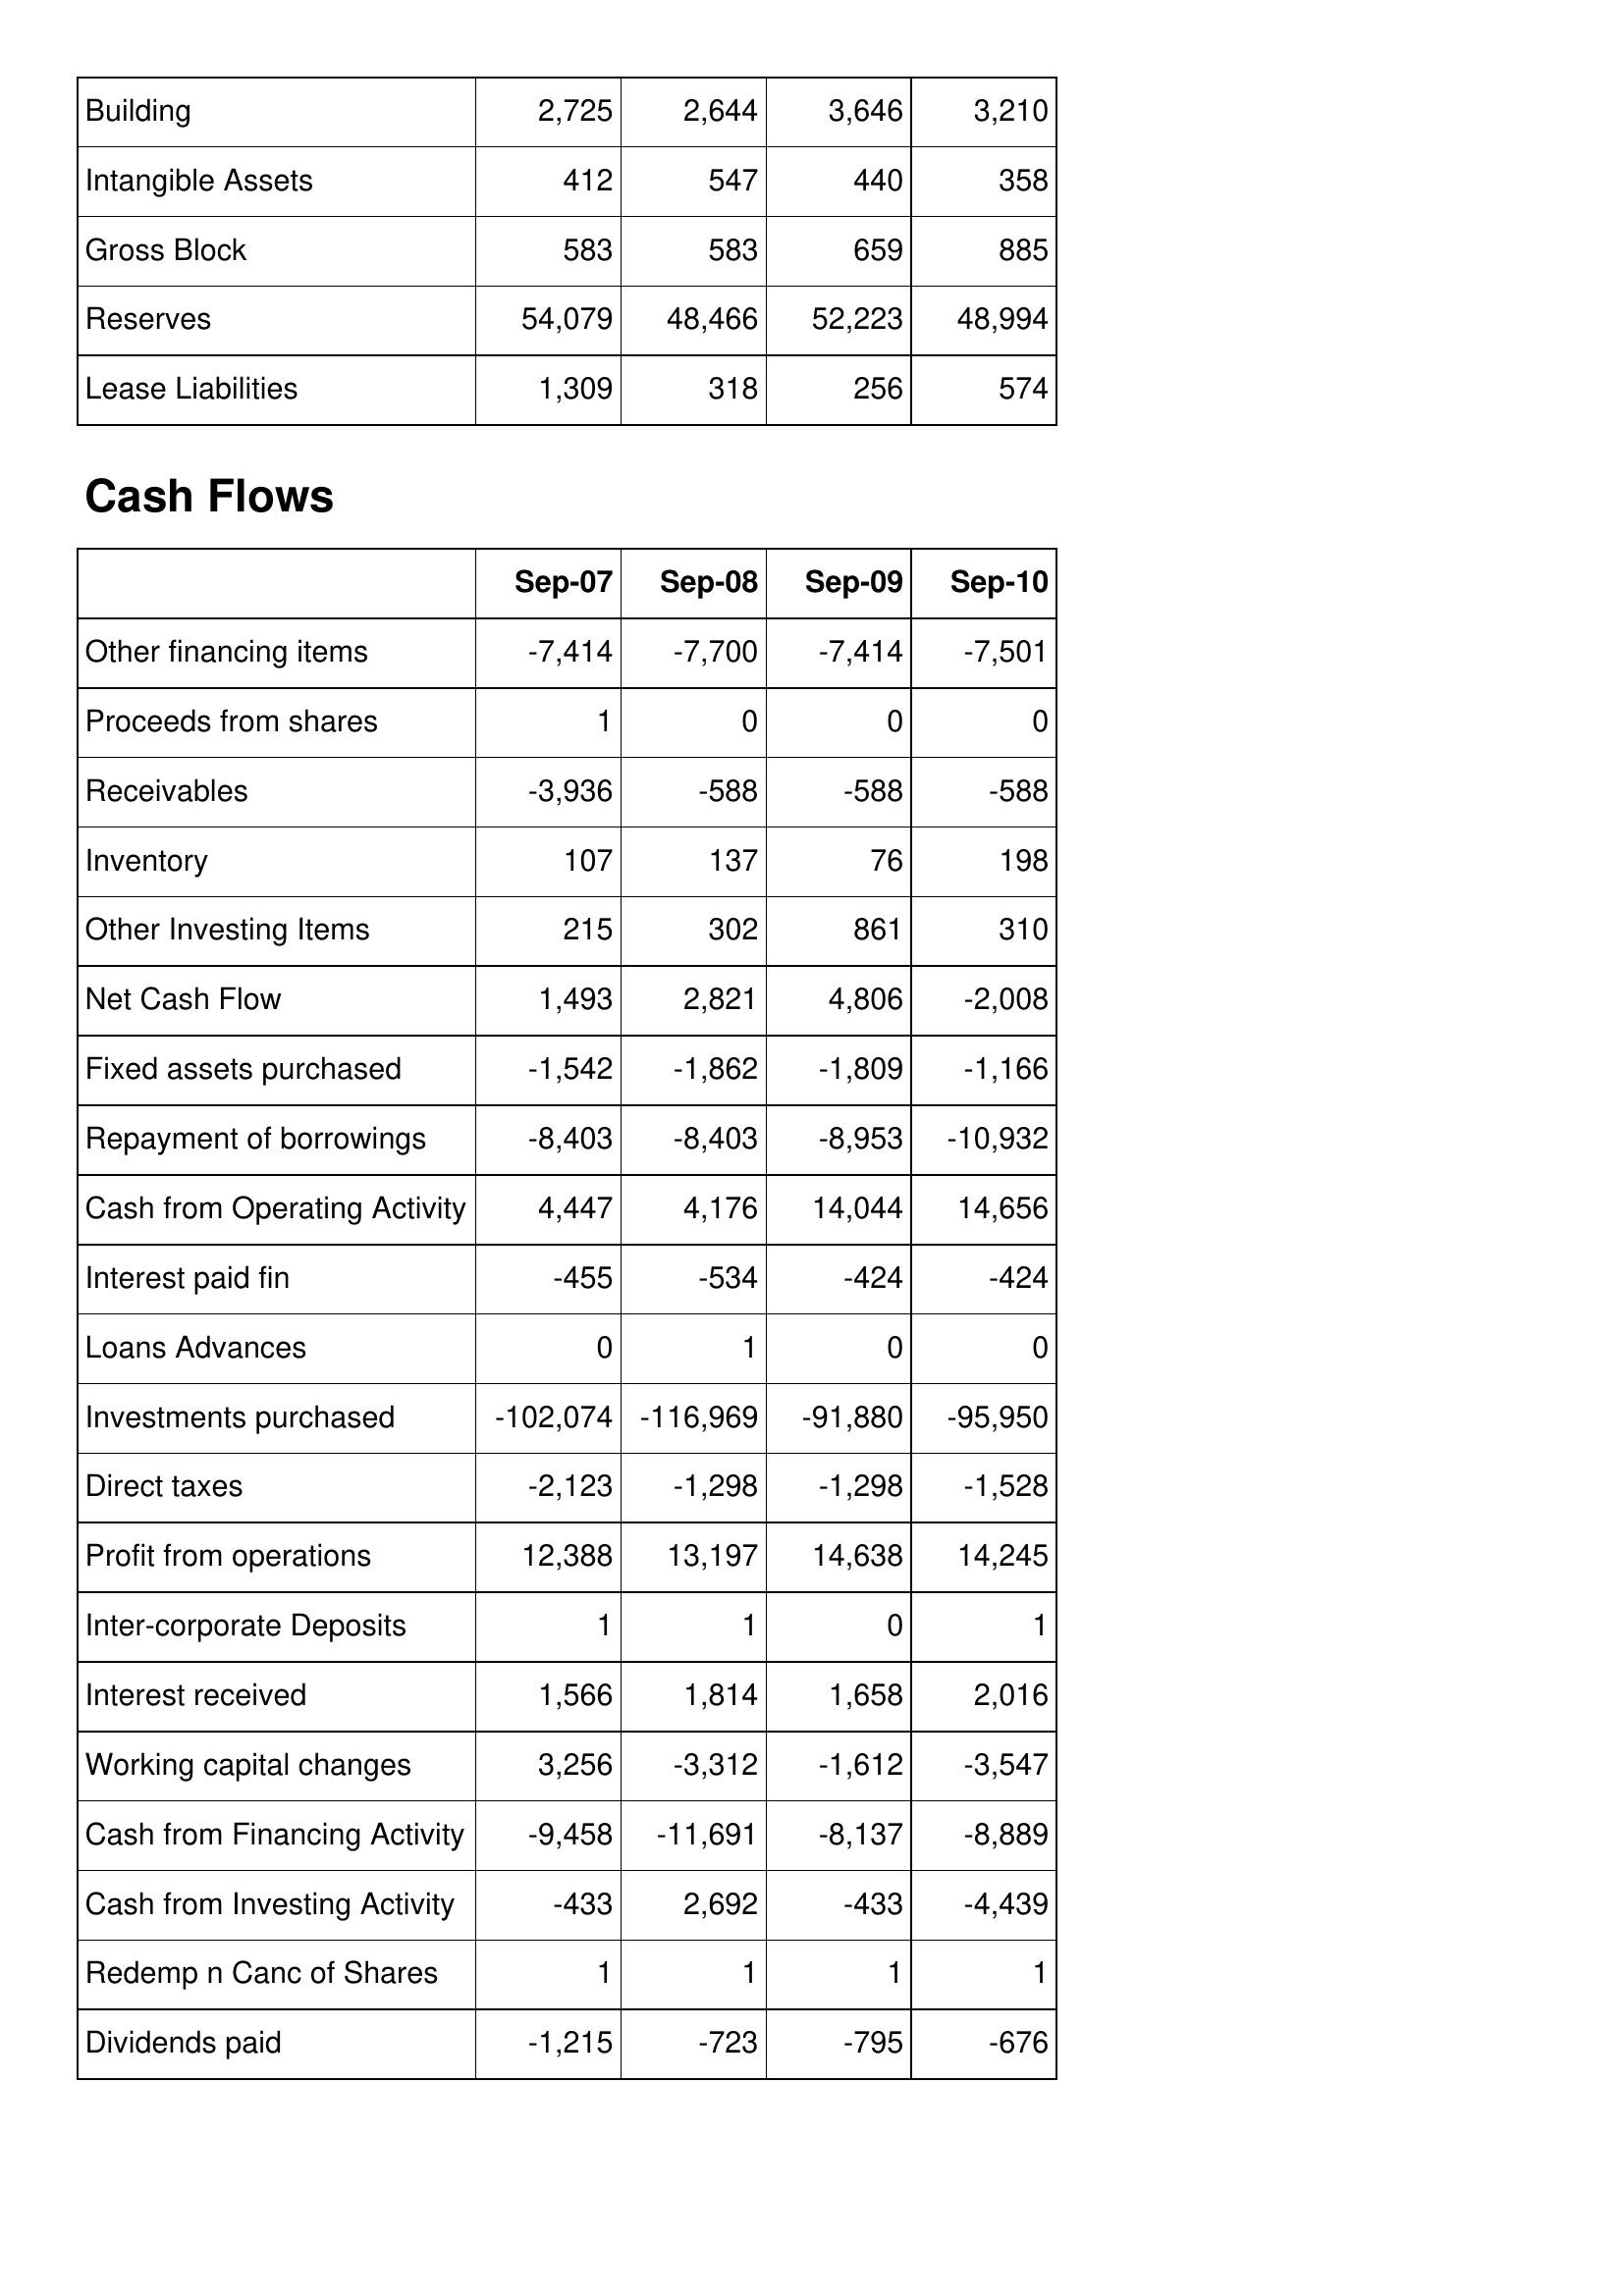
Sep-07: Balance Sheet: Building: 2,725
Intangible Assets: 412
Gross Block: 583
Reserves: 54,079
Lease Liabilities: 1,309
Cash Flows: Other financing items: -7,414
Proceeds from shares: 1
Receivables: -3,936
Inventory: 107
Other Investing Items: 215
Net Cash Flow: 1,493
Fixed assets purchased: -1,542
Repayment of borrowings: -8,403
Cash from Operating Activity: 4,447
Interest paid fin: -455
Loans Advances: 0
Investments purchased: -102,074
Direct taxes: -2,123
Profit from operations: 12,388
Inter-corporate Deposits: 1
Interest received: 1,566
Working capital changes: 3,256
Cash from Financing Activity: -9,458
Cash from Investing Activity: -433
Redemp n Canc of Shares: 1
Dividends paid: -1,215
Sep-08: Balance Sheet: Building: 2,644
Intangible Assets: 547
Gross Block: 583
Reserves: 48,466
Lease Liabilities: 318
Cash Flows: Other financing items: -7,700
Proceeds from shares: 0
Receivables: -588
Inventory: 137
Other Investing Items: 302
Net Cash Flow: 2,821
Fixed assets purchased: -1,862
Repayment of borrowings: -8,403
Cash from Operating Activity: 4,176
Interest paid fin: -534
Loans Advances: 1
Investments purchased: -116,969
Direct taxes: -1,298
Profit from operations: 13,197
Inter-corporate Deposits: 1
Interest received: 1,814
Working capital changes: -3,312
Cash from Financing Activity: -11,691
Cash from Investing Activity: 2,692
Redemp n Canc of Shares: 1
Dividends paid: -723
Sep-09: Balance Sheet: Building: 3,646
Intangible Assets: 440
Gross Block: 659
Reserves: 52,223
Lease Liabilities: 256
Cash Flows: Other financing items: -7,414
Proceeds from shares: 0
Receivables: -588
Inventory: 76
Other Investing Items: 861
Net Cash Flow: 4,806
Fixed assets purchased: -1,809
Repayment of borrowings: -8,953
Cash from Operating Activity: 14,044
Interest paid fin: -424
Loans Advances: 0
Investments purchased: -91,880
Direct taxes: -1,298
Profit from operations: 14,638
Inter-corporate Deposits: 0
Interest received: 1,658
Working capital changes: -1,612
Cash from Financing Activity: -8,137
Cash from Investing Activity: -433
Redemp n Canc of Shares: 1
Dividends paid: -795
Sep-10: Balance Sheet: Building: 3,210
Intangible Assets: 358
Gross Block: 885
Reserves: 48,994
Lease Liabilities: 574
Cash Flows: Other financing items: -7,501
Proceeds from shares: 0
Receivables: -588
Inventory: 198
Other Investing Items: 310
Net Cash Flow: -2,008
Fixed assets purchased: -1,166
Repayment of borrowings: -10,932
Cash from Operating Activity: 14,656
Interest paid fin: -424
Loans Advances: 0
Investments purchased: -95,950
Direct taxes: -1,528
Profit from operations: 14,245
Inter-corporate Deposits: 1
Interest received: 2,016
Working capital changes: -3,547
Cash from Financing Activity: -8,889
Cash from Investing Activity: -4,439
Redemp n Canc of Shares: 1
Dividends paid: -676